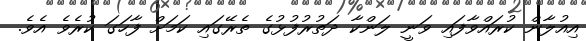
އިއުލާން ކުރައްވާފައި ވަނީ ލަންކާ ދަތުރުފުޅުގެ ތެރޭގައި ކަމަށް ފާހަގަ ކުރެވެ އެވެ.